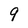
Character: 9